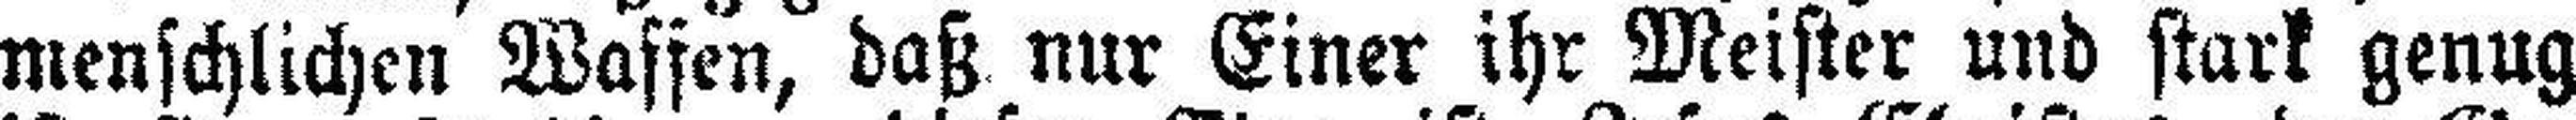
menschlichen Waffen, daß nur Einer ihr Meister und stark genug